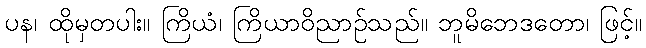
ပန၊ ထိုမှတပါး။ ကြိယံ၊ ကြိယာဝိညာဉ်သည်။ ဘူမိဘေဒတော၊ ဖြင့်။